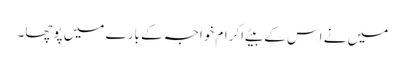
میں نے اس کے بیٹے اکرام خواجہ کے بارے میں پوچھا۔